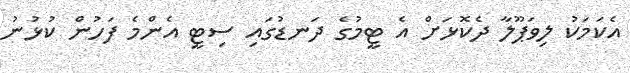
އެކަމަކު ލިވަޕޫލާ ދެކޮޅަށް އެ ޓީމުގެ ދަނޑުގައި ސިޓީ އެންމެ ފަހުން ކުޅުނު